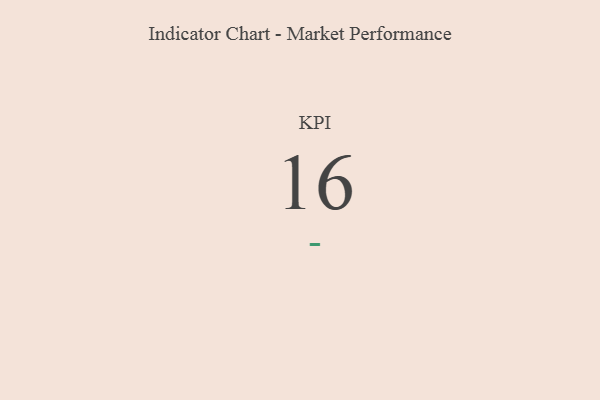
{"axis": {"x": "KPI", "y": "Value"}, "legend": [""], "data": [{"x": "KPI", "y": 16, "type": ""}]}